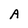
Character: A